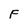
Character: F